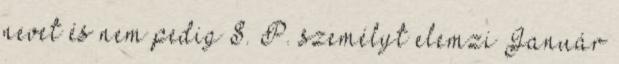
nevet és nem pedig S. P. személyt elemzi Január